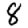
Digit: 8